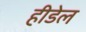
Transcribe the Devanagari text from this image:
हीडेल